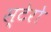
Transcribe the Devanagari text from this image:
स्टेरो